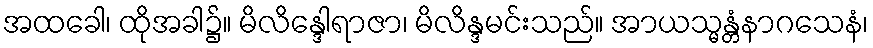
အထခေါ၊ ထိုအခါ၌။ မိလိန္ဒေါရာဇာ၊ မိလိန္ဒမင်းသည်။ အာယသ္မန္တံနာဂသေနံ၊